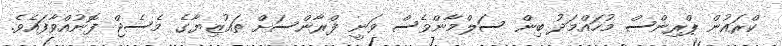
ކްރައުން ޕްރިންސް މުހައްމަދު ބިން ސަލްމާންވެސް ވަނީ ފްރާންސަށް ތައުޒިޔާގެ މެސެޖް ފޮނުއްވާފައެވެ.